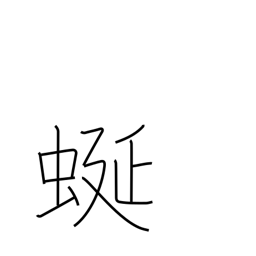
Meaning: meandering